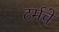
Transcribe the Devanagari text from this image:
टर्मचे